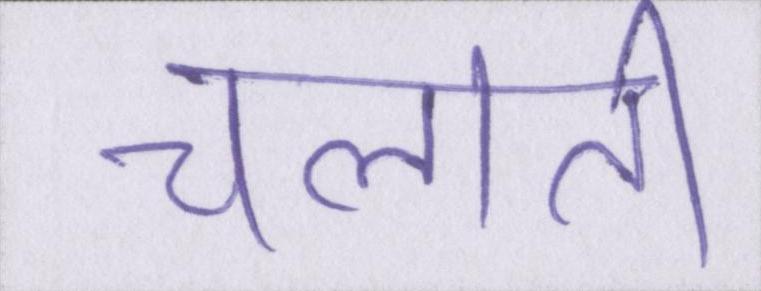
चलाती